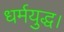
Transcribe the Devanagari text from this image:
धर्मयुद्ध।